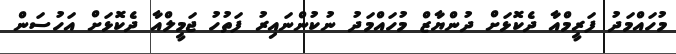
މުހައްމަދު ފަރީމްއާ ދެކޮޅަށް ދުންޔާޒް މުހައްމަދު ނުކުންނައިރު ފަތުހު ޖަމީލްއާ ދެކޮޅަށް އަހުސަން